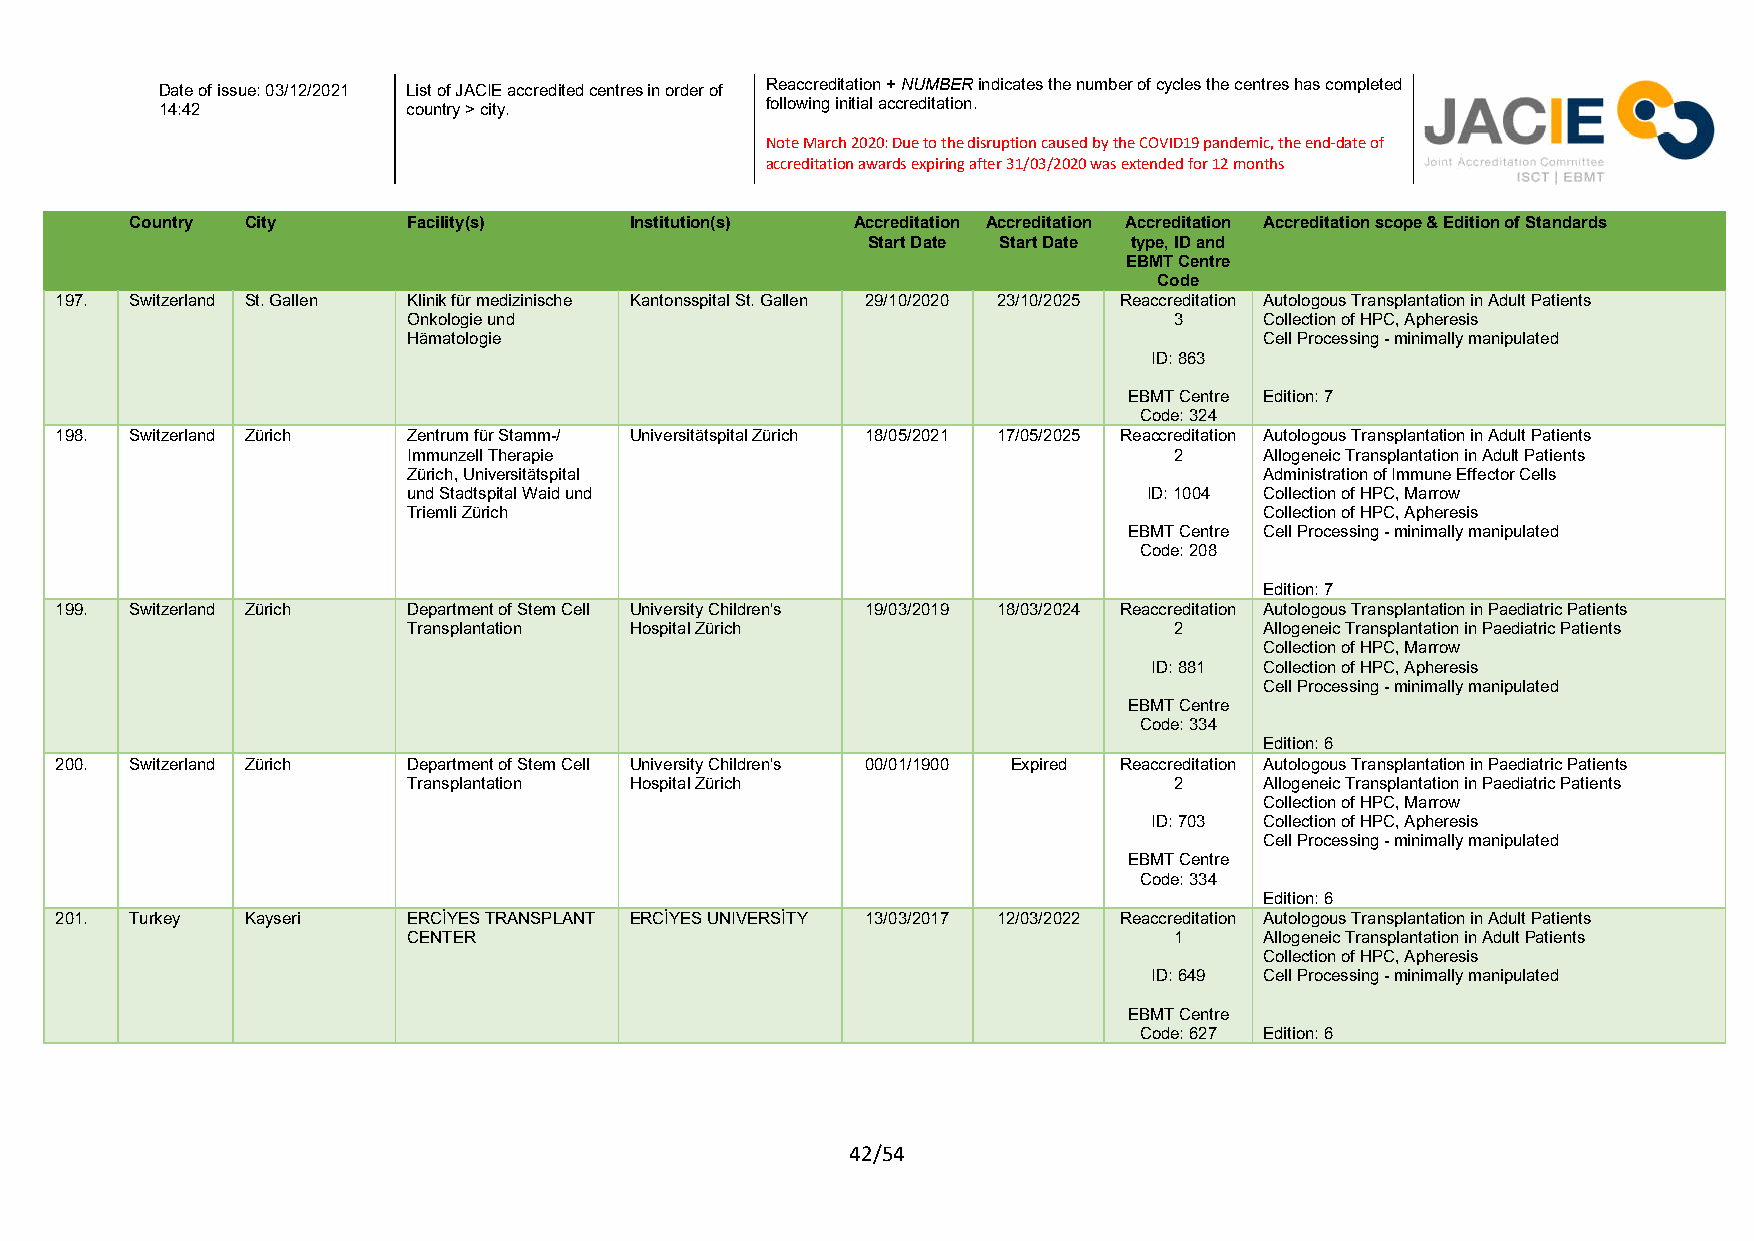
Reaccreditation + NUMBER indicates the number of cycles the centres has completed
 Date of issue: 03/12/2021 List of JACIE accredited centres in order of
 following initial accreditation.
 14:42           country > city.
 Note March 2020: Due to the disruption caused by the COVID19 pandemic, the end-date of
 accreditation awards expiring after 31/03/2020 was extended for 12 months
 Country City      Facility(s)    Institution(s) Accreditation Accreditation Accreditation Accreditation scope & Edition of Standards
 Start Date Start Date type, ID and
 EBMT Centre
 Code
 197. Switzerland St. Gallen Klinik für medizinische Kantonsspital St. Gallen 29/10/2020 23/10/2025 Reaccreditation Autologous Transplantation in Adult Patients
 Onkologie und                                      3     Collection of HPC, Apheresis
 Hämatologie                                              Cell Processing - minimally manipulated
 ID: 863
 EBMT Centre Edition: 7
 Code: 324
 198. Switzerland Zürich Zentrum für Stamm-/ Universitätspital Zürich 18/05/2021 17/05/2025 Reaccreditation Autologous Transplantation in Adult Patients
 Immunzell Therapie                                 2     Allogeneic Transplantation in Adult Patients
 Zürich, Universitätspital                                Administration of Immune Effector Cells
 und Stadtspital Waid und                         ID: 1004 Collection of HPC, Marrow
 Triemli Zürich                                           Collection of HPC, Apheresis
 EBMT Centre Cell Processing - minimally manipulated
 Code: 208
 Edition: 7
 199. Switzerland Zürich Department of Stem Cell University Children's 19/03/2019 18/03/2024 Reaccreditation Autologous Transplantation in Paediatric Patients
 Transplantation Hospital Zürich                    2     Allogeneic Transplantation in Paediatric Patients
 Collection of HPC, Marrow
 ID: 881 Collection of HPC, Apheresis
 Cell Processing - minimally manipulated
 EBMT Centre
 Code: 334
 Edition: 6
 200. Switzerland Zürich Department of Stem Cell University Children's 00/01/1900 Expired Reaccreditation Autologous Transplantation in Paediatric Patients
 Transplantation Hospital Zürich                    2     Allogeneic Transplantation in Paediatric Patients
 Collection of HPC, Marrow
 ID: 703 Collection of HPC, Apheresis
 Cell Processing - minimally manipulated
 EBMT Centre
 Code: 334
 Edition: 6
 201. Turkey Kayseri    ERCİYES TRANSPLANT ERCİYES UNIVERSİTY 13/03/2017 12/03/2022 Reaccreditation Autologous Transplantation in Adult Patients
 CENTER                                             1     Allogeneic Transplantation in Adult Patients
 Collection of HPC, Apheresis
 ID: 649 Cell Processing - minimally manipulated
 EBMT Centre
 Code: 627 Edition: 6
 42/54